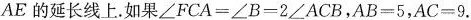
AE的延长线上。如果$$\angle FCA=\angle B=2\angle ACB$$，$$AB=5$$，$$AC=9$$.